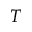
T